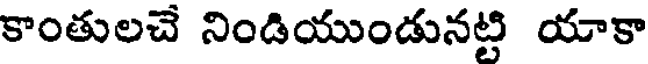
కాంతులచే నిండియుండునట్టి యాకా